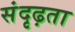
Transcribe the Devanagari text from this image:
संदृढ़ता